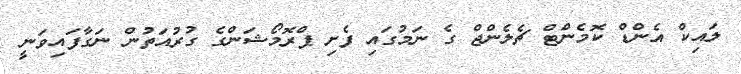
ލައިކް އެންޑް ކޮމެންޓް ޗެލެންޖް ގެ ނަމުގައި ފެށި ޕްރޮމޯޝަންގެ ގުރުއަތުން ނަގާފައިވަނީ